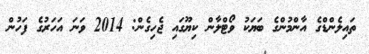
ތައިލެންޑްގެ އާންމުންގެ ބަޔަކު ވޯޓްލާން ކިޔޫގައި ޖެހިގެން: 2014 ވަނަ އަހަރުގެ ފަހުން